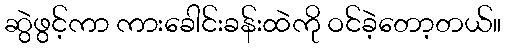
ဆွဲဖွင့်ကာ ကားခေါင်းခန်းထဲကို ဝင်ခဲ့တော့တယ်။